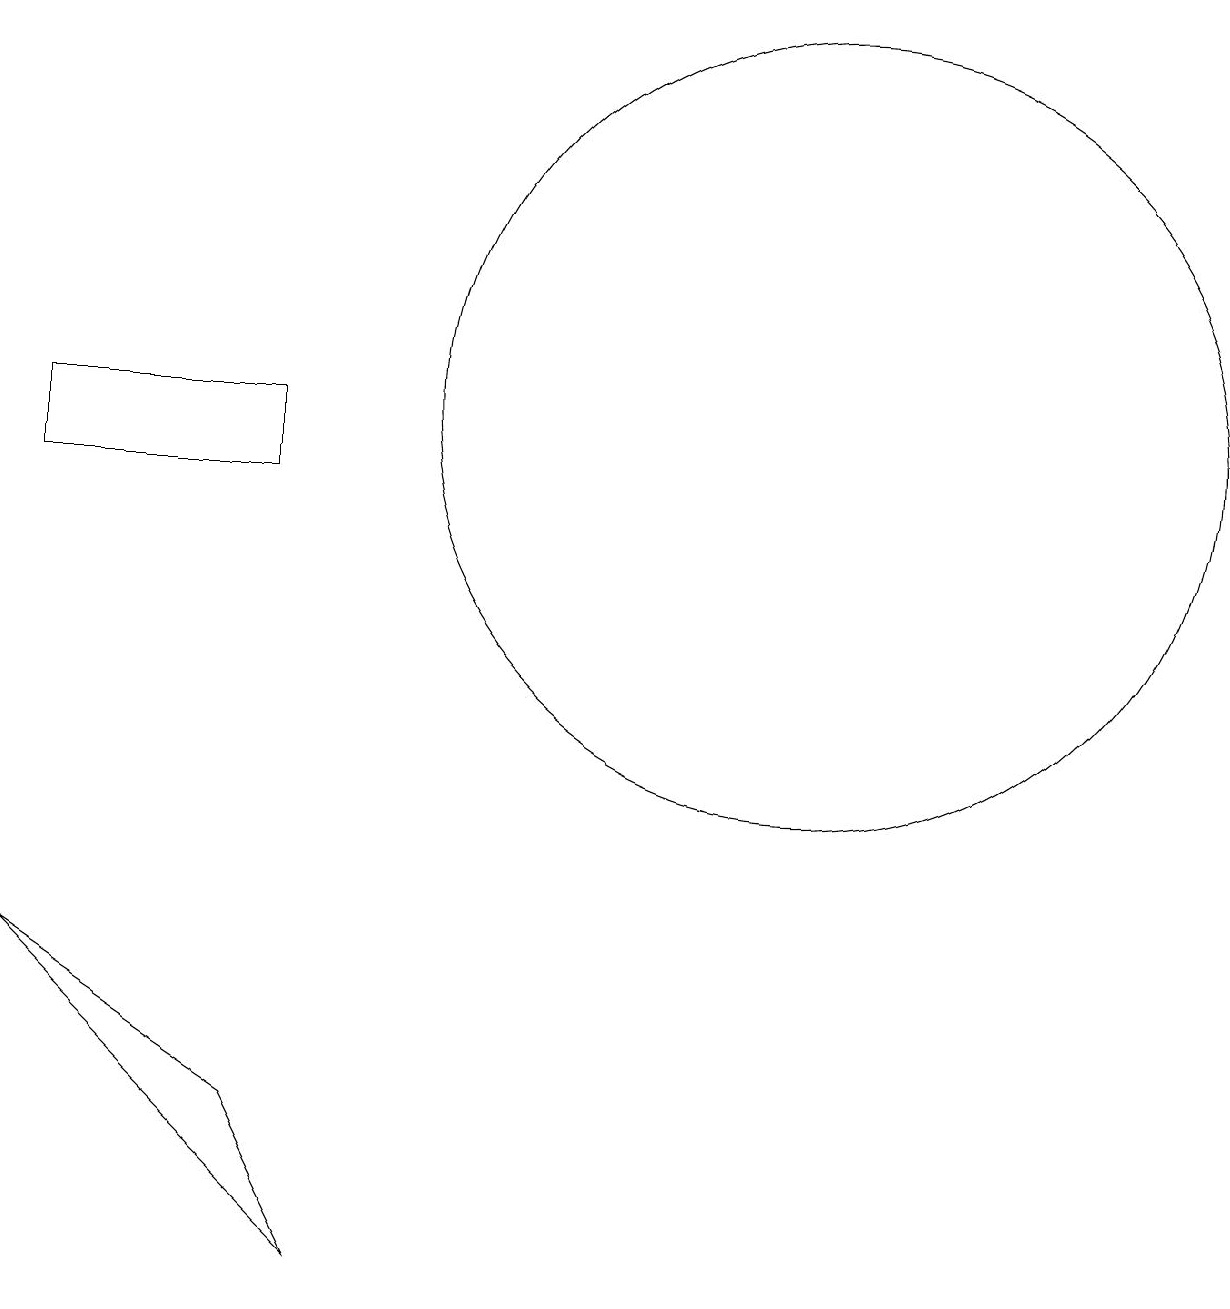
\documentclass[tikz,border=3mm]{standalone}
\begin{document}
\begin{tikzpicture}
\draw (12,11) circle (5);
\draw (2,10) rectangle (5,11);
\draw (2,4) -- (5,2) -- (6,0) -- cycle;
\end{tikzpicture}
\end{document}